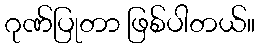
ဂုဏ်ပြုတာ ဖြစ်ပါတယ်။